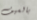
بالسيف